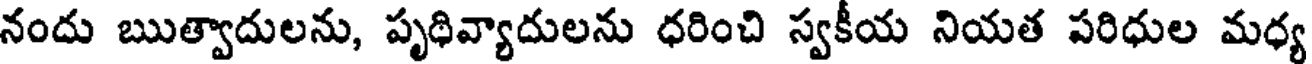
నందు ఋత్వాదులను, పృథివ్యాదులను ధరించి స్వకీయ నియత పరిధుల మధ్య